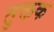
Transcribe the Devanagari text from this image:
तुक्तक